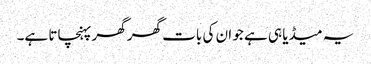
یہ میڈیا ہی ہے جو ان کی بات گھر گھر پہنچاتا ہے۔